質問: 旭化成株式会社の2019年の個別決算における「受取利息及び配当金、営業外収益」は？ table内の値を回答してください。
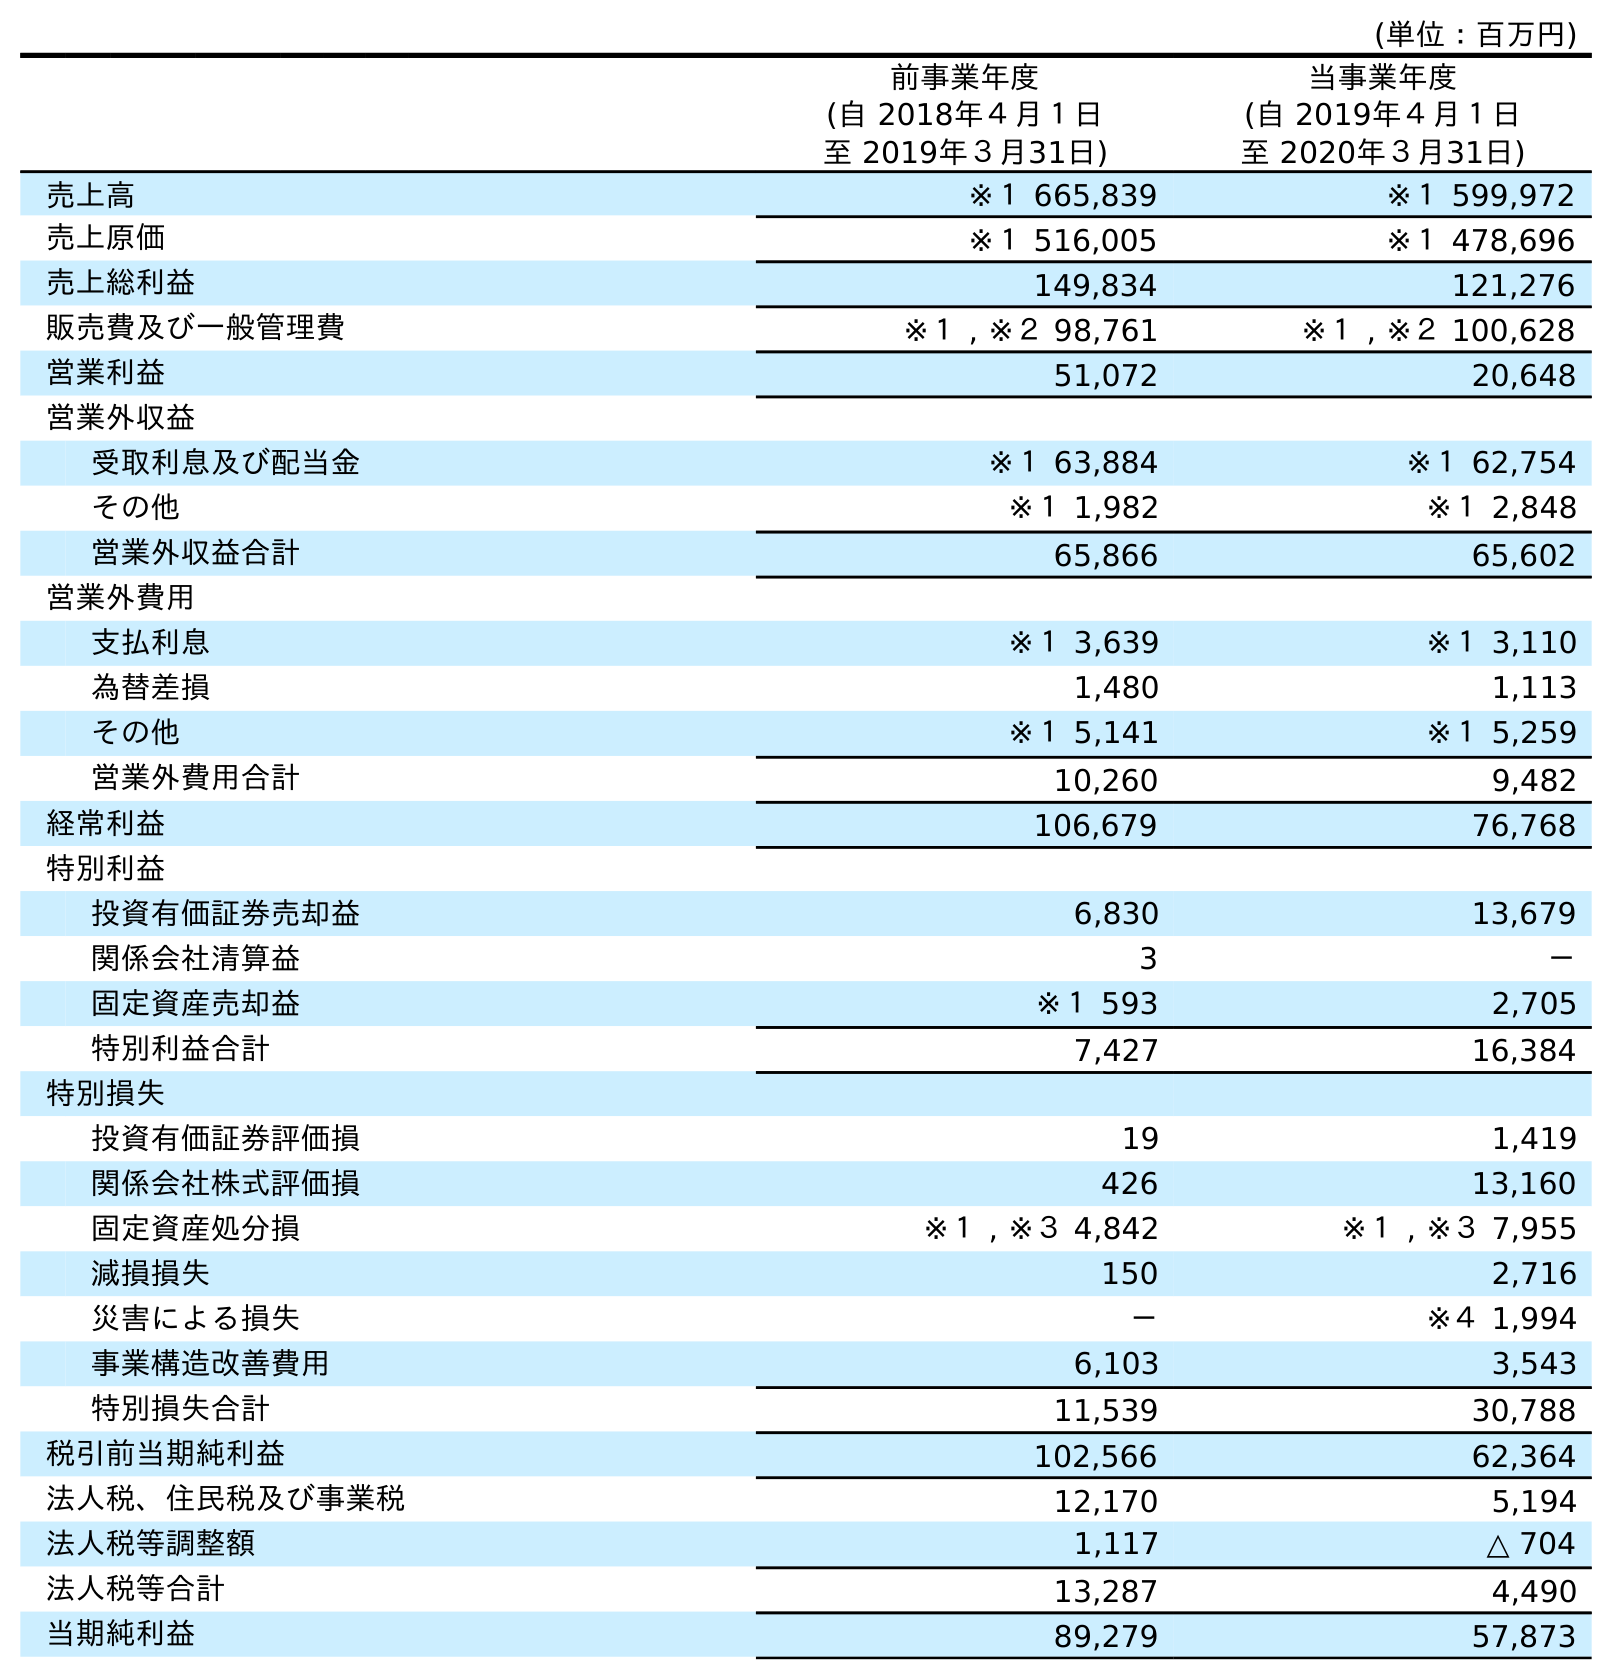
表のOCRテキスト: (単位：百万円) 前事業年度 (自 2018年４月１日 至 2019年３月31日) 当事業年度 (自 2019年４月１日 至 2020年３月31日) 売上高 ※１ 665,839 ※１ 599,972 売上原価 ※１ 516,005 ※１ 478,696 売上総利益 149,834 121,276 販売費及び一般管理費 ※１ , ※２ 98,761 ※１ , ※２ 100,628 営業利益 51,072 20,648 営業外収益 受取利息及び配当金 ※１ 63,884 ※１ 62,754 その他 ※１ 1,982 ※１ 2,848 営業外収益合計 65,866 65,602 営業外費用 支払利息 ※１ 3,639 ※１ 3,110 為替差損 1,480 1,113 その他 ※１ 5,141 ※１ 5,259 営業外費用合計 10,260 9,482 経常利益 106,679 76,768 特別利益 投資有価証券売却益 6,830 13,679 関係会社清算益 3 － 固定資産売却益 ※１ 593 2,705 特別利益合計 7,427 16,384 特別損失 投資有価証券評価損 19 1,419 関係会社株式評価損 426 13,160 固定資産処分損 ※１ , ※３ 4,842 ※１ , ※３ 7,955 減損損失 150 2,716 災害による損失 － ※４ 1,994 事業構造改善費用 6,103 3,543 特別損失合計 11,539 30,788 税引前当期純利益 102,566 62,364 法人税、住民税及び事業税 12,170 5,194 法人税等調整額 1,117 △ 704 法人税等合計 13,287 4,490 当期純利益 89,279 57,873
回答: ※１63,884